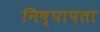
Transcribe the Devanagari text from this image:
निष्पापता